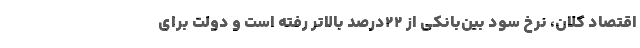
اقتصاد کلان، نرخ سود بین‌بانکی از ۲۲درصد بالاتر رفته است و دولت برای